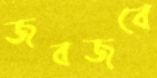
জবজবে